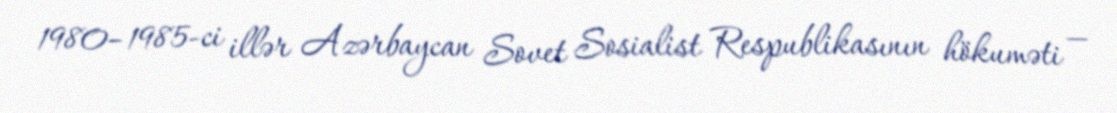
1980–1985-ci illər Azərbaycan Sovet Sosialist Respublikasının hökuməti —